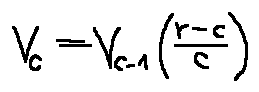
v _ { c } = v _ { c - 1 } ( \frac { r - c } { c } )